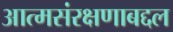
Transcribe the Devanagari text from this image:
आत्मसंरक्षणाबद्दल